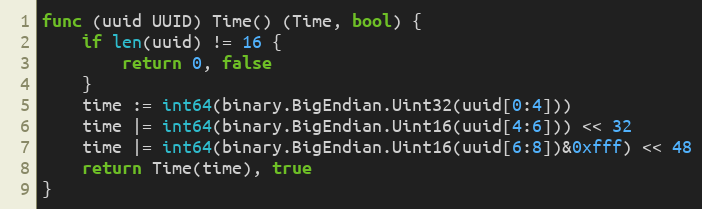
Language: Go
func (uuid UUID) Time() (Time, bool) {
	if len(uuid) != 16 {
		return 0, false
	}
	time := int64(binary.BigEndian.Uint32(uuid[0:4]))
	time |= int64(binary.BigEndian.Uint16(uuid[4:6])) << 32
	time |= int64(binary.BigEndian.Uint16(uuid[6:8])&0xfff) << 48
	return Time(time), true
}